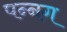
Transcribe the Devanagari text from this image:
पन्‍नग